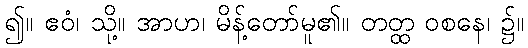
၍။ ဧဝံ၊ သို့။ အာဟ၊ မိန့်တော်မူ၏။ တတ္ထ ဝစနေ၊ ၌။